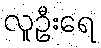
လူဦးရေ